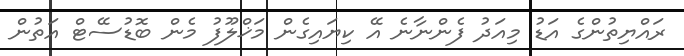
ރައްޔިތުންގެ އަޑު މިއަދު ފެންނާނެ އޭ ކިޔައިގެން މަޚްލޫފު މެން ބޮޑުސޭޓް އަތުން